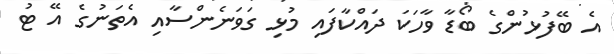
އެ ބޭފުޅުންގެ ބޯޑާ ވާހަކަ ދައްކާފައި މުޅި ގަވަނެންސާއި އެތަނުގެ އޭ ޓު